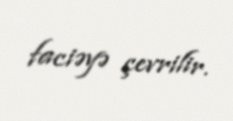
faciəyə çevrilir.